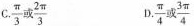
C\frac{π}{3}或\frac{2π}{3} D\frac{π}{4}或\frac{3π}{4}